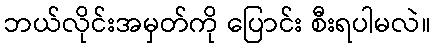
ဘယ်လိုင်းအမှတ်ကို ပြောင်း စီးရပါမလဲ။